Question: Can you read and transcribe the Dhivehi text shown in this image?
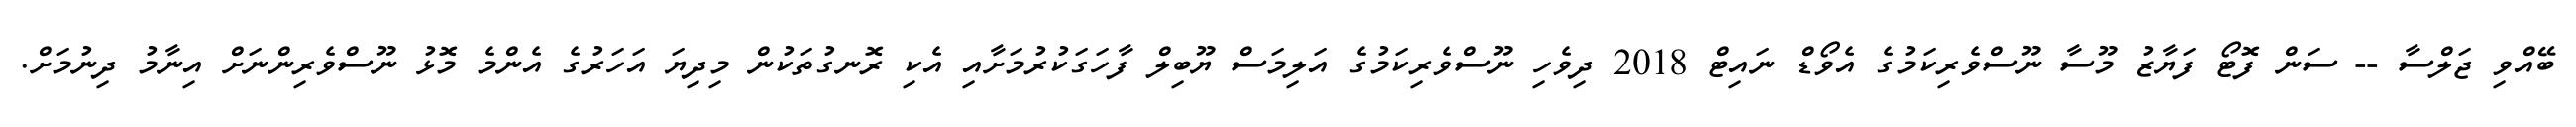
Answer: ބޭއްވި ޖަލްސާ -- ސަން ފޮޓޯ ފަޔާޒު މޫސާ ނޫސްވެރިކަމުގެ އެވޯޑް ނައިޓް 2018 ދިވެހި ނޫސްވެރިކަމުގެ އަލިމަސް ޔޫބިލް ފާހަގަކުރުމަށާއި އެކި ރޮނގުތަކުން މިދިޔަ އަހަރުގެ އެންމެ މޮޅު ނޫސްވެރިންނަށް އިނާމު ދިނުމަށް.